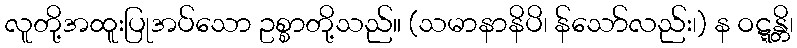
လူတို့အထူးပြုအပ်သော ဥစ္စာတို့သည်။ (သမာနာနိပိ၊ န်သော်လည်း၊) န ဝဋ္ဋန္တိ၊